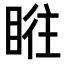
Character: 𥆜